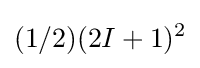
(1/2)(2I+1)^{2}